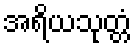
အရိယသုတ္တံ